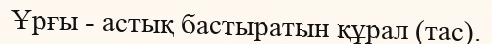
Ұрғы - астық бастыратын құрал (тас).